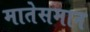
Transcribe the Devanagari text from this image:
मातेसमान